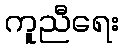
ကူညီရေး